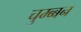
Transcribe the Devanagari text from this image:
चुम्ब्बन